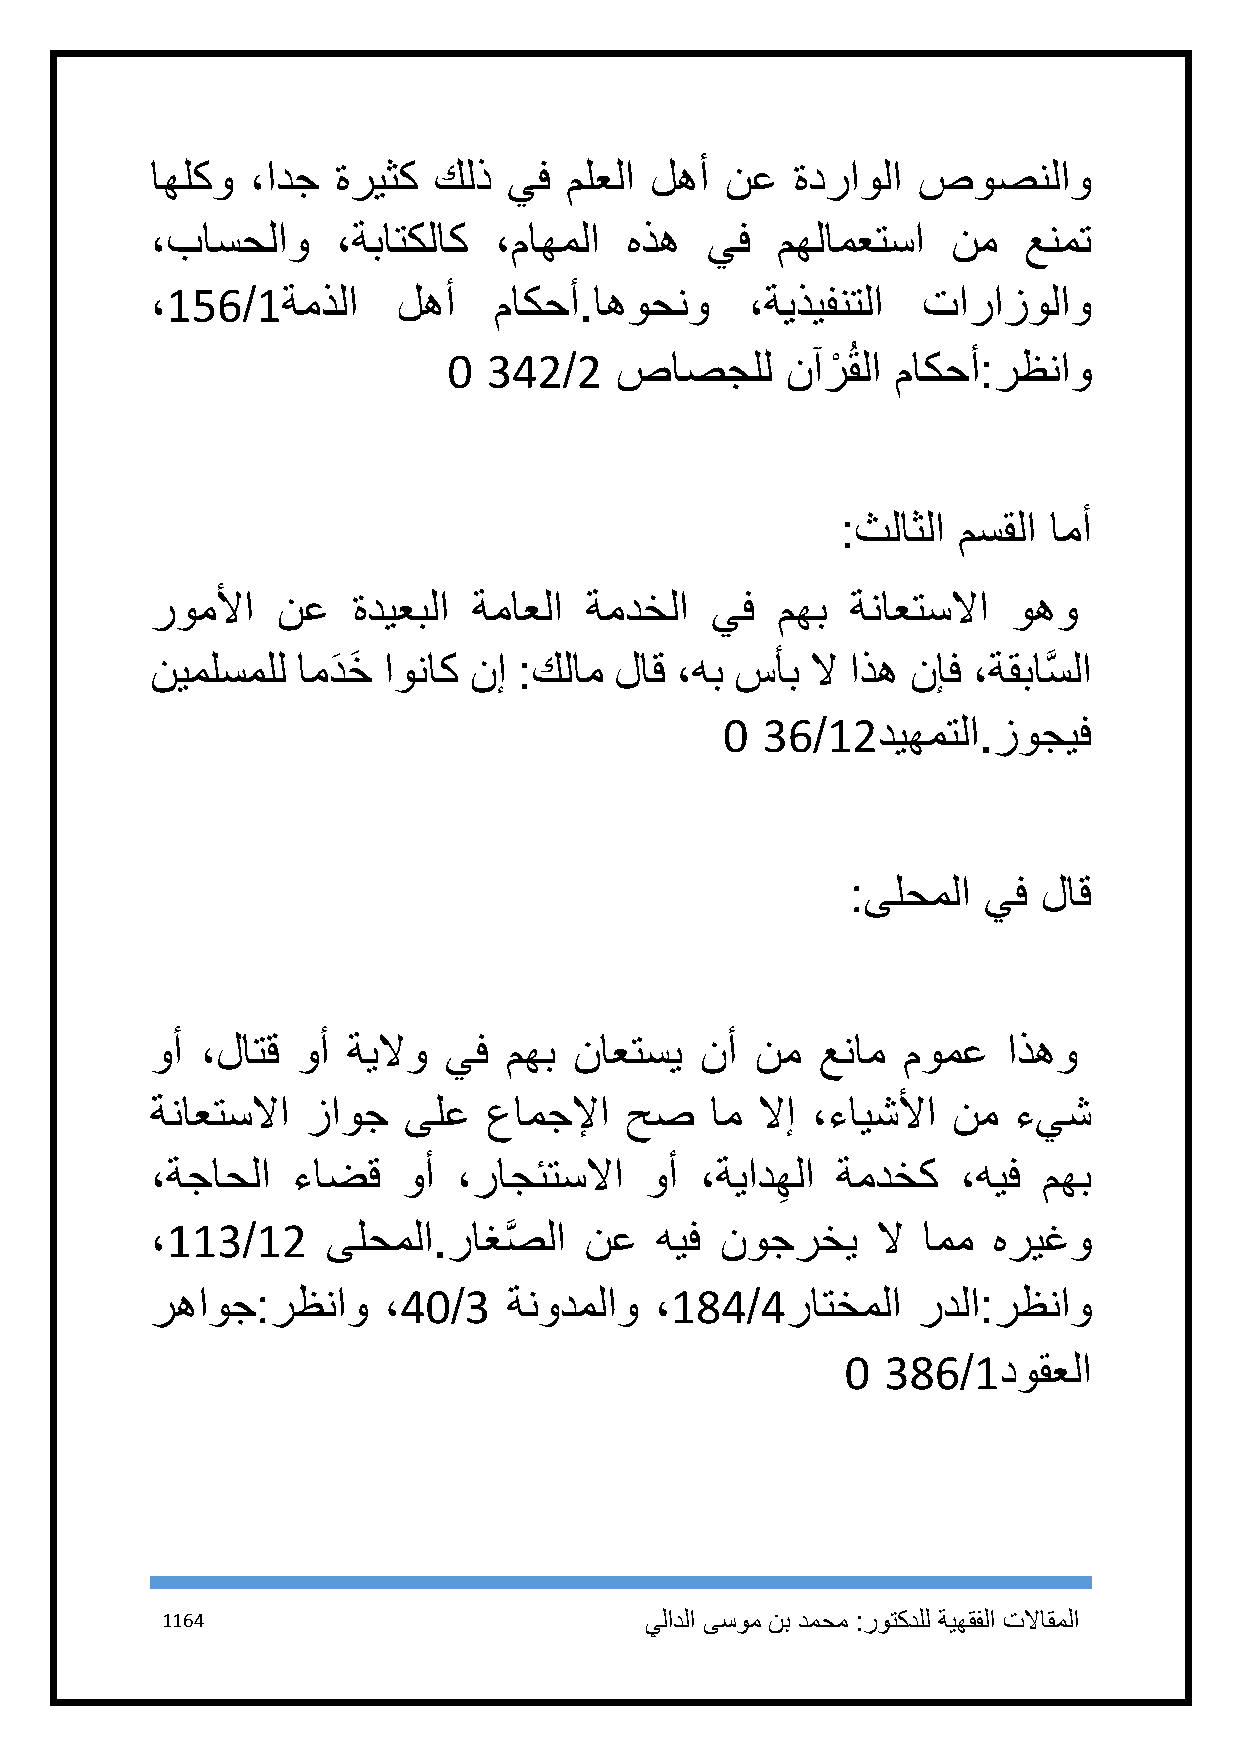
اهلكو  ،ادج ةريثك  كلذ  يف ملعلا لهأ  نع   ةدراولا صوصنلاو
 ،باسحلاو    ،ةباتكلاك  ،ماهملا هذه   يف  مهلامعتسا   نم   عنمت
 ،156/1ةمذلا     لهأ    ماكحأ.اهوحنو     ،ةيذيفنتلا تارازولاو
 1 342/2    صاصجلل     نآرْ ُقلا ماكحأ:رظناو
 :ثلاثلا مسقلا امأ
 روملأا  نع   ةديعبلا ةماعلا  ةمدخلا  يف  مهب  ةناعتسلاا  وهو
 نيملسملل  امدَ خَ اوناك نإ :كلام لاق ،هب سأب لا اذه نإف ،ةقباسَّ لا
 1 36/12ديهمتلا.زوجيف
 :ىلحملا  يف  لاق
 وأ ،لاتق  وأ ةيلاو يف  مهب  ناعتسي  نأ  نم  عنام  مومع   اذهو
 ةناعتسلاا زاوج   ىلع  عامجلإا  حص    ام لاإ ،ءايشلأا نم  ءيش
 ،ةجاحلا  ءاضق    وأ ،راجئتسلاا   وأ ،ةيادهلا ةمدخك    ،هيف مهب
 ِ
 ،113/12     ىلحملا.راغصَّ لا نع  هيف  نوجرخي    لا امم  هريغو
 رهاوج:رظناو    ،41/3    ةنودملاو ،184/4راتخملا     ردلا:رظناو
 1  386/1دوقعلا
 1164                            يلادلا ىسوم نب دمحم :روتكدلل ةيهقفلا تلااقملا